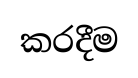
කරදීම